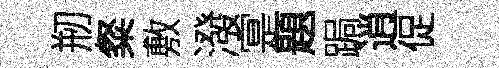
剏粲敷潑寔題跼逍促